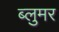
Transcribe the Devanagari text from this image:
ब्लुमर